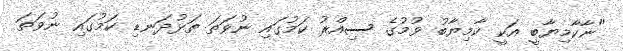
"ނާކާމިޔާބީ އަކީ ކާމިޔާބު ވުމުގެ ސިއްރު ކަމުގައި ނުވަތަ ތަޅުދަނޑި ކަމުގައި ނުވަތަ